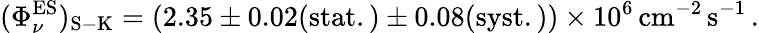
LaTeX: (\Phi_{\nu}^{\mathrm{ES}})_{\mathrm{S-K}}=\left(2.35\pm 0.02\mathrm{(stat.)}\pm 0.08\mathrm{(syst.)}\right)\times 10^{6}\, \mathrm{cm}^{-2}\, \mathrm{s}^{-1}\, .